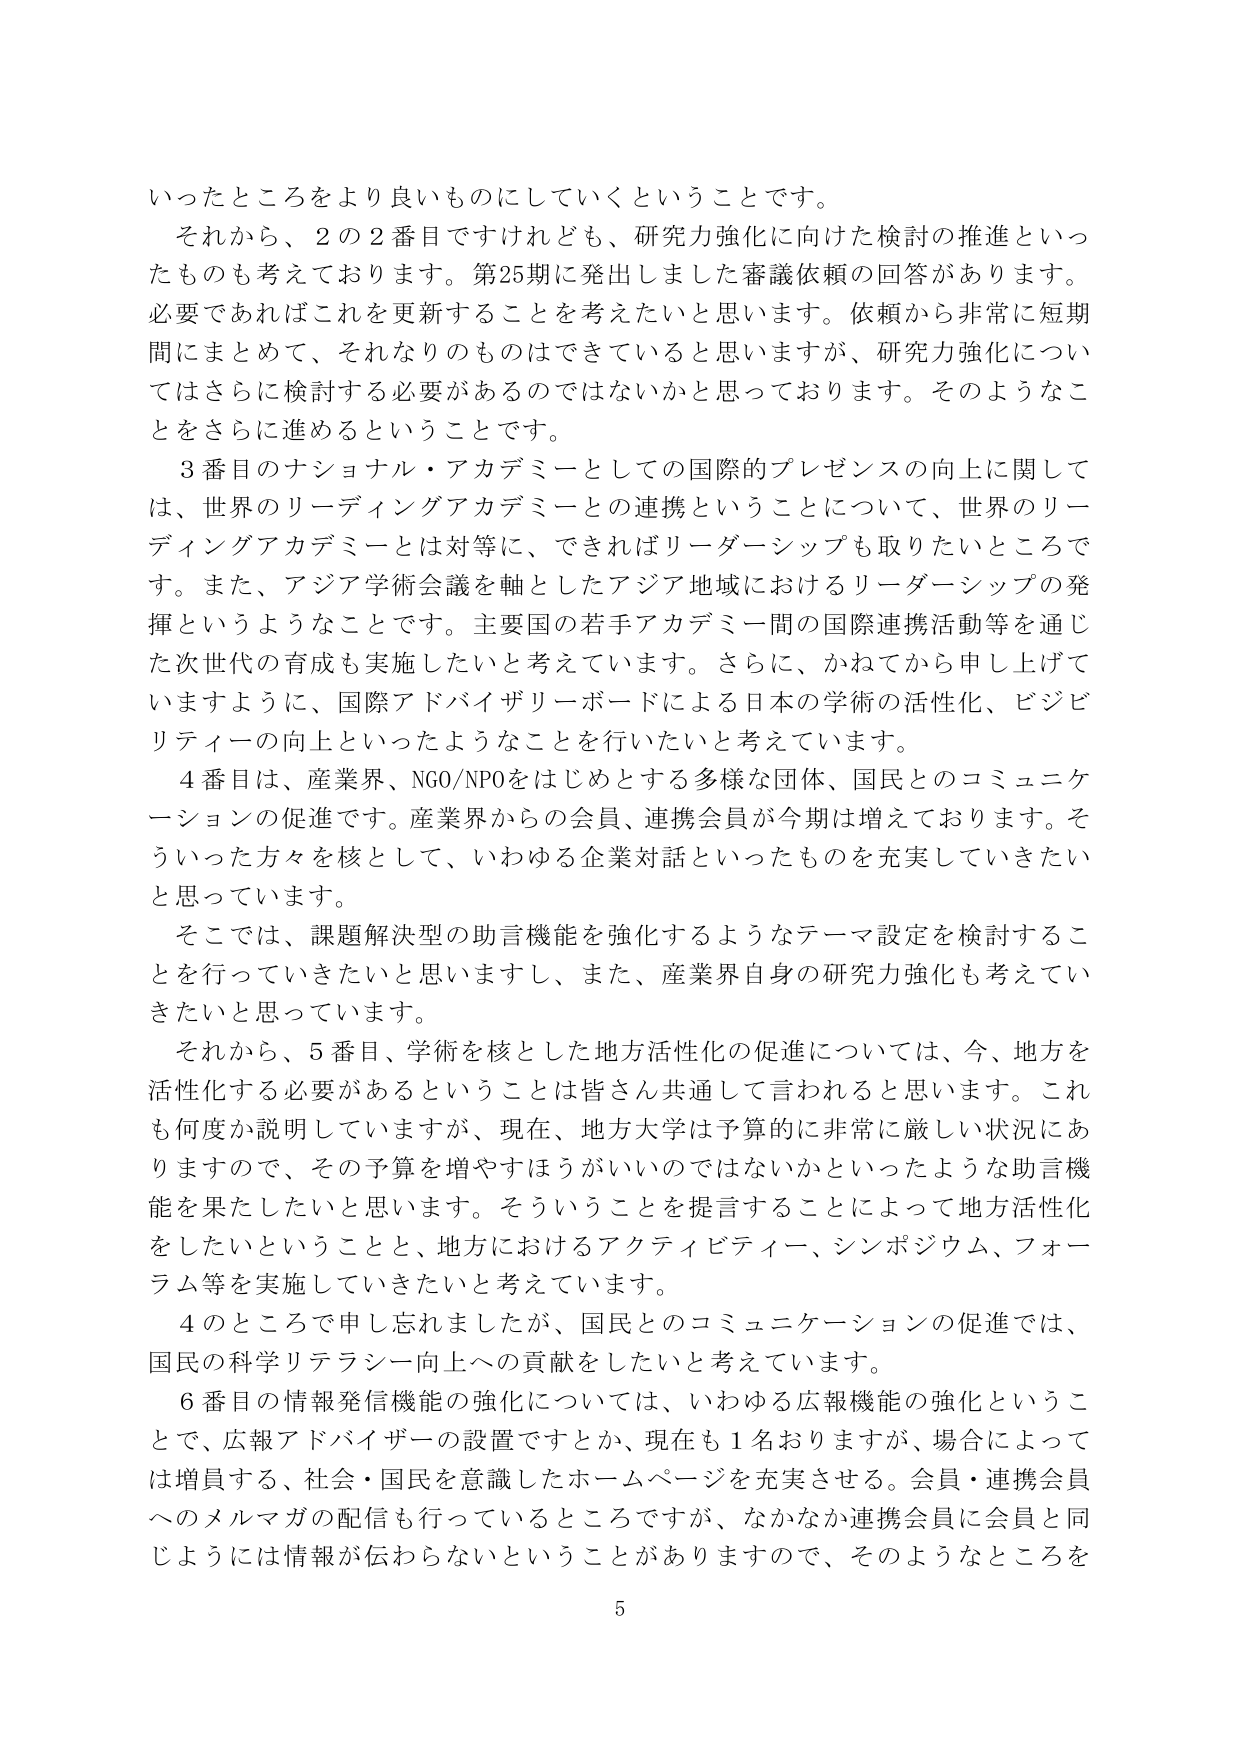
いったところをより良いものにしていくということです。
それから、2の2番目ですけれども、研究力強化に向けた検討の推進といったものも考えております。第25期に発出しました審議依頼の回答があります。必要であればこれを更新することを考えたいと思います。依頼から非常に短期間にまとめて、それなりのものはできていると思いますが、研究力強化についてはさらに検討する必要があるのではないかと思っております。そのようなことをさらに進めるということです。
3番目のナショナル・アカデミーとしての国際的プレゼンスの向上に関しては、世界のリーディングアカデミーとの連携ということについて、世界のリーディングアカデミーとは対等に、できればリーダーシップも取りたいところです。また、アジア学術会議を軸としたアジア地域におけるリーダーシップの発揮というようなことです。主要国の若手アカデミー間の国際連携活動等を通じた次世代の育成も実施したいと考えています。さらに、かねてから申し上げていますように、国際アドバイザリーボードによる日本の学術の活性化、ビジビリティの向上といったようなことを行いたいと考えています。
4番目は、産業界、NGO/NPOをはじめとする多様な団体、国民とのコミュニケーションの促進です。産業界からの会員、連携会員が今期は増えております。そういった方々を核として、いわゆる企業対話といったものを充実していきたいと思っています。
そこでは、課題解決型の助言機能を強化するようなテーマ設定を検討することを行っていきたいと思いますし、また、産業界自身の研究力強化も考えていくたいと思っています。
それから、5番目、学術を核とした地方活性化の促進については、今、地方を活性化する必要があるということは皆さん共通して言われると思います。これも何度か説明していますが、現在、地方大学は予算的に非常に厳しい状況にありますので、その予算を増やすほうがいいのではないかといったような助言機能を果たしたいと思います。そういうことを提言することによって地方活性化をしたいということと、地方におけるアクティビティー、シンポジウム、フォーラム等を実施していきたいと考えています。
4のところです申し忘れましたが、国民とのコミュニケーションの促進では、国民の科学リテラシー向上への貢献をしたいと考えています。
6番目の情報発信機能の強化については、いわゆる広報機能の強化ということで、広報アドバイザーの設置ですとか、現在も1名おりますが、場合によっては増員する、社会・国民を意識したホームページを充実させる。会員・連携会員へのメルマガの配信も行っているところですが、なかなか連携会員に会員と同じようには情報が伝わらないということがありますので、そのようなところを
5